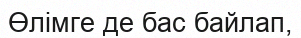
Өлімге де бас байлап,